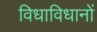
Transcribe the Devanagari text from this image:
विधाविधानों